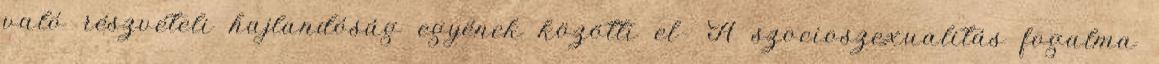
való részvételi hajlandóság egyének közötti el- A szocioszexualitás fogalma